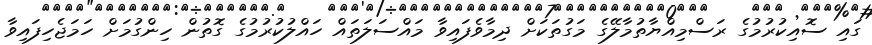
ގައި ސޮއިކުރުމުގެ ރަސްމިއްޔާތުމާލޭގެ މަގުތަކަށް ދިމާވެފައިވާ މައްސަލަތައް ހައްލުކުރުމުގެ ގޮތުން ހިންގުމަށް ހަމަޖެހިފައިވާ